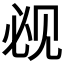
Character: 𰴕